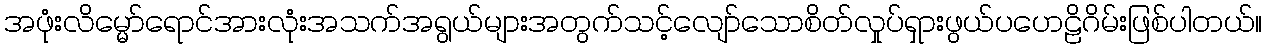
အဖုံးလိမ္မော်ရောင်အားလုံးအသက်အရွယ်များအတွက်သင့်လျော်သောစိတ်လှုပ်ရှားဖွယ်ပဟေဠိဂိမ်းဖြစ်ပါတယ်။